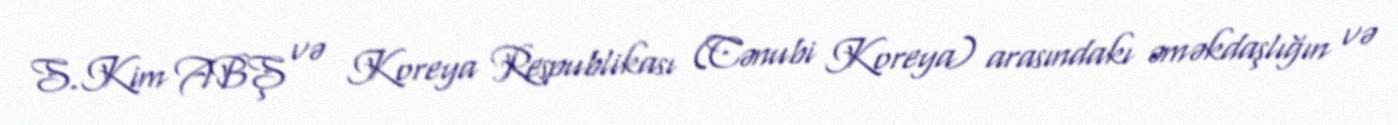
S.Kim ABŞ və Koreya Respublikası (Cənubi Koreya) arasındakı əməkdaşlığın və